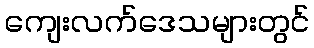
ကျေးလက်ဒေသများတွင်